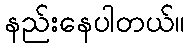
နည်းနေပါတယ်။